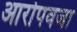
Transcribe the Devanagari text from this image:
आरोपवजा